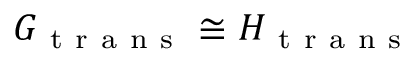
G _ { \mathrm { ~ t ~ r ~ a ~ n ~ s ~ } } \cong H _ { \mathrm { ~ t ~ r ~ a ~ n ~ s ~ } }